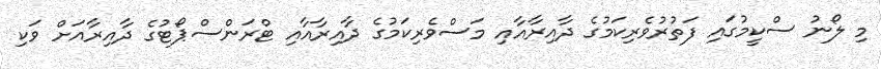
މި ލޯނު ސްކީމުގައި ފަތުރުވެރިކަމުގެ ދާއިރާއާއި މަސްވެރިކަމުގެ ދާއިރާއާއި ޓްރަންސްޕޯޓުގެ ދާއިރާއަށް ވަކި